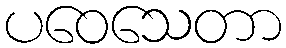
ပဝေသေတာ